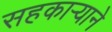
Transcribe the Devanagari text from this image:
सहकार्‍याने